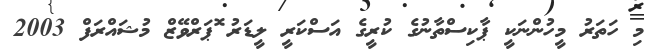
މި ހަތަރު މީހުންނަކީ ޕާކިސްތާނުގެ ކުރީގެ އަސްކަރީ ލީޑަރު ޮޕަރްވޭޒް މުޝައްރަފް 2003